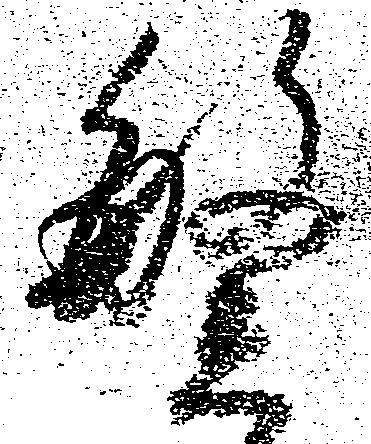
繁